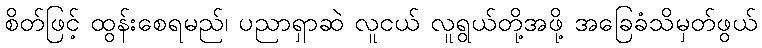
စိတ်ဖြင့် ထွန်းစေရမည်၊ ပညာရှာဆဲ လူငယ် လူရွယ်တို့အဖို့ အခြေခံသိမှတ်ဖွယ်